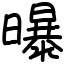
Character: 曝